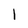
Character: 1